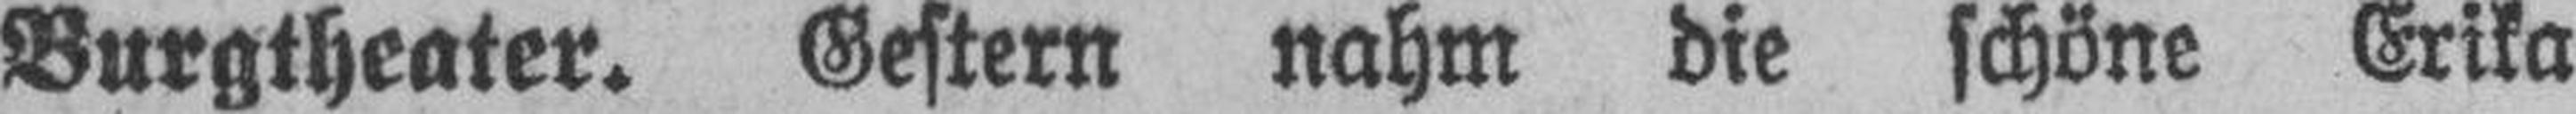
Burgtheater. Gestern nahm die schöne Erika